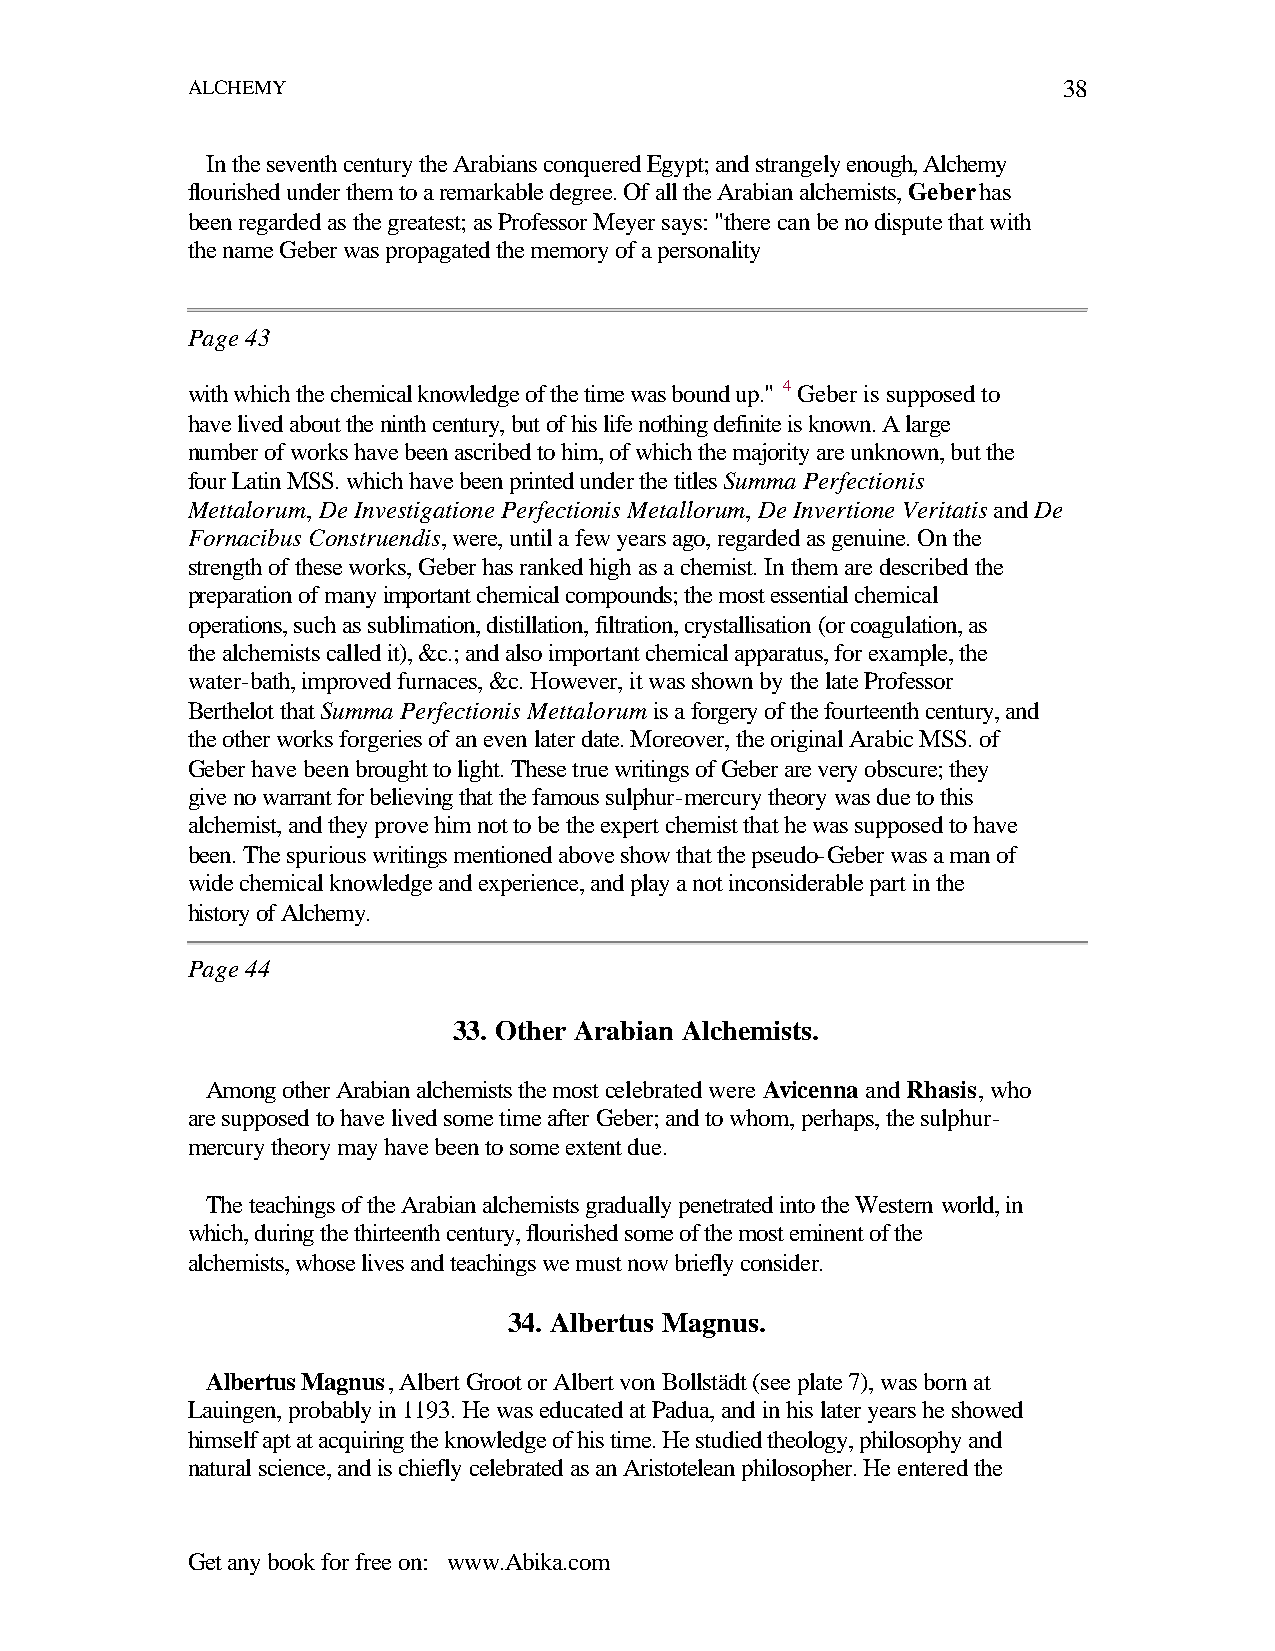
ALCHEMY                                                   38
 In the seventh century the Arabians conquered Egypt; and strangely enough, Alchemy
 flourished under them to a remarkable degree. Of all the Arabian alchemists, Geber has
 been regarded as the greatest; as Professor Meyer says: "there can be no dispute that with
 the name Geber was propagated the memory of a personality
 Page 43
 with which the chemical knowledge of the time was bound up." 4 Geber is supposed to
 have lived about the ninth century, but of his life nothing definite is known. A large
 number of works have been ascribed to him, of which the majority are unknown, but the
 four Latin MSS. which have been printed under the titles Summa Perfectionis
 Mettalorum, De Investigatione Perfectionis Metallorum, De Invertione Veritatis and De
 Fornacibus Construendis, were, until a few years ago, regarded as genuine. On the
 strength of these works, Geber has ranked high as a chemist. In them are described the
 preparation of many important chemical compounds; the most essential chemical
 operations, such as sublimation, distillation, filtration, crystallisation (or coagulation, as
 the alchemists called it), &c.; and also important chemical apparatus, for example, the
 water-bath, improved furnaces, &c. However, it was shown by the late Professor
 Berthelot that Summa Perfectionis Mettalorum is a forgery of the fourteenth century, and
 the other works forgeries of an even later date. Moreover, the original Arabic MSS. of
 Geber have been brought to light. These true writings of Geber are very obscure; they
 give no warrant for believing that the famous sulphur-mercury theory was due to this
 alchemist, and they prove him not to be the expert chemist that he was supposed to have
 been. The spurious writings mentioned above show that the pseudo-Geber was a man of
 wide chemical knowledge and experience, and play a not inconsiderable part in the
 history of Alchemy.
 Page 44
 33. Other Arabian Alchemists.
 Among other Arabian alchemists the most celebrated were Avicenna and Rhasis, who
 are supposed to have lived some time after Geber; and to whom, perhaps, the sulphur-
 mercury theory may have been to some extent due.
 The teachings of the Arabian alchemists gradually penetrated into the Western world, in
 which, during the thirteenth century, flourished some of the most eminent of the
 alchemists, whose lives and teachings we must now briefly consider.
 34. Albertus Magnus.
 Albertus Magnus, Albert Groot or Albert von Bollstädt (see plate 7), was born at
 Lauingen, probably in 1193. He was educated at Padua, and in his later years he showed
 himself apt at acquiring the knowledge of his time. He studied theology, philosophy and
 natural science, and is chiefly celebrated as an Aristotelean philosopher. He entered the
 Get any book for free on: www.Abika.com